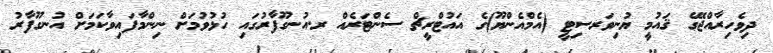
ދިވެހިރާއްޖޭގެ ޤައުމީ ޔުނިވަރސިޓީ (އެމްއެންޔޫ)ގެ އައުޓްރީޗް ސެންޓަރެއް ރ.އުނގޫފާރުގައި ހުޅުވުމަށް ނިންމާފައިވާކަމަށް އުނގޫފާރު